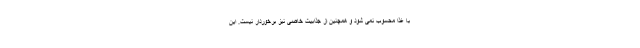
با غذا محسوب نمی شود و همچنین از جذابیت خاصی نیز برخوردار نیست. این